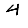
Digit: 4